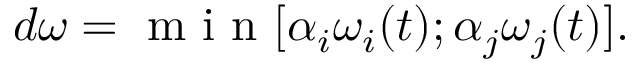
d \omega = \textrm { m i n } [ \alpha _ { i } \omega _ { i } ( t ) ; \alpha _ { j } \omega _ { j } ( t ) ] .